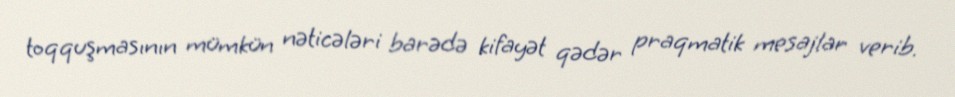
toqquşmasının mümkün nəticələri barədə kifayət qədər praqmatik mesajlar verib.